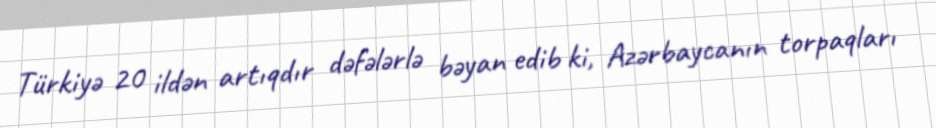
Türkiyə 20 ildən artıqdır dəfələrlə bəyan edib ki, Azərbaycanın torpaqları